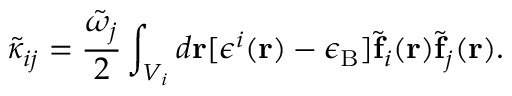
\tilde { \kappa } _ { i j } = \frac { \tilde { \omega } _ { j } } { 2 } \int _ { V _ { i } } d { \bf r } [ \epsilon ^ { i } ( { \bf r } ) - \epsilon _ { \mathrm { B } } ] \tilde { \bf f } _ { i } ( { \bf r } ) \tilde { \bf f } _ { j } ( { \bf r } ) .